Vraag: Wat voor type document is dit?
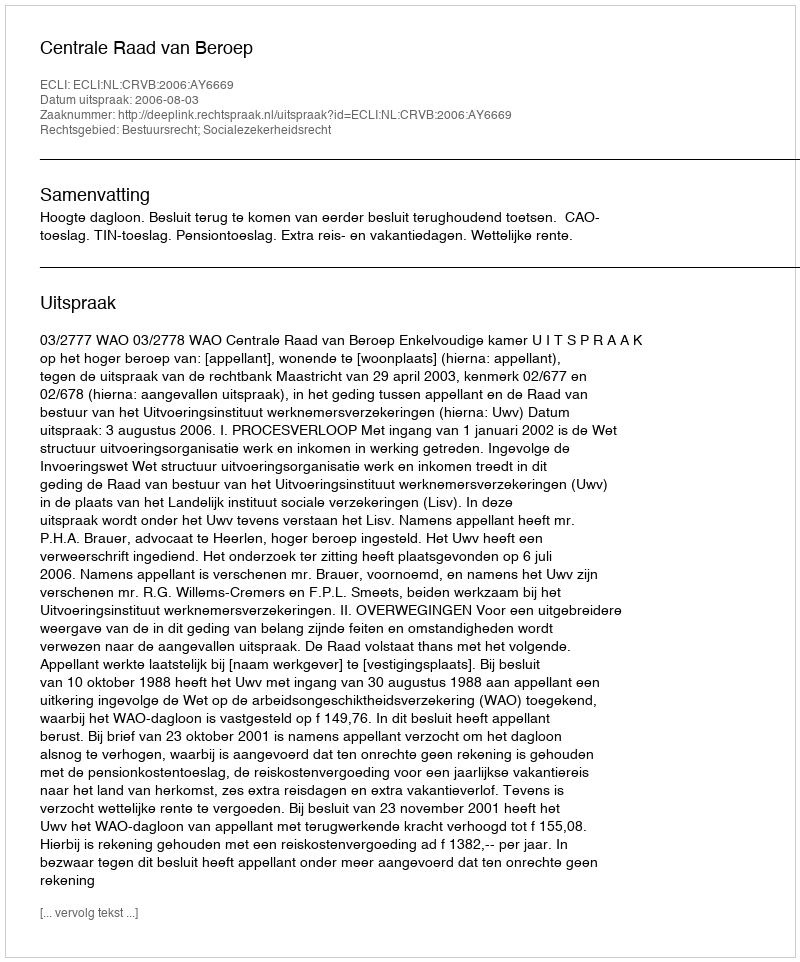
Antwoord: Uitspraak